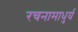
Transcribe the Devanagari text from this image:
रचनामाधुर्य